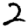
Digit: 2